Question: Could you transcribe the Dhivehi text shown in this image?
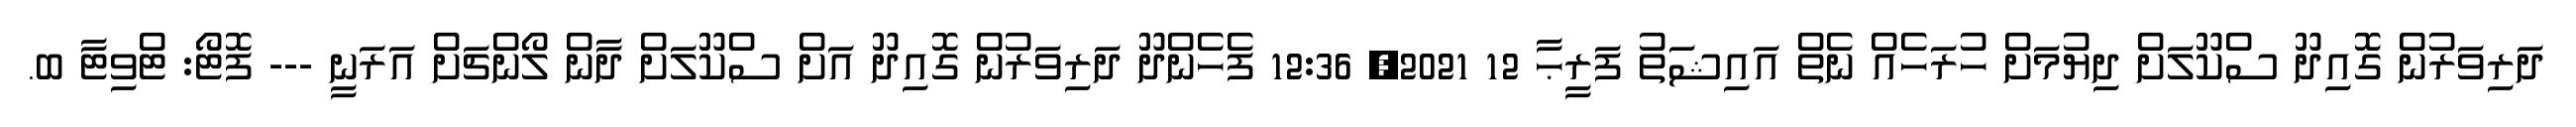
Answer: ދަރިވަރުން ގޮއިދޫ ސްކޫލަށް ދިޔުމަށް ހުރަހެއް ނެތް އައިޝަތު ފަރީޙާ 12 2021, 12:36 ފެހެންދޫ ދަރިވަރުން ގޮއިދޫ އަށް ސްކޫލަށް ދާން ލޯންޗަށް އަރަނީ --- ފޮޓޯ: ޓްވިޓާ ބ.